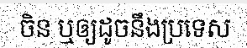
ចិន ឬឲ្យដូចនឹងប្រទេស